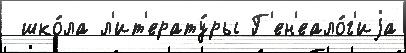
 шко́ла л'ит'ерату́ры Г'ен'еало́г'иjа